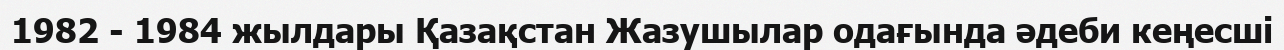
1982 - 1984 жылдары Қазақстан Жазушылар одағында әдеби кеңесші